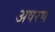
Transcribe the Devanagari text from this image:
अषरण